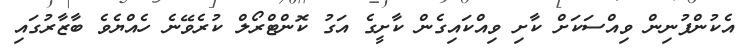
އެކުންފުނިން ވިއްސަކަށް ކާށި ވިއްކައިގެން ކާށީގެ އަގު ކޮންޓްރޯލް ކުރެވޭނެ ހެއްޔެވެ ބާޒާރުގައި